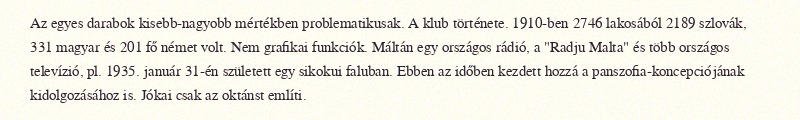
Az egyes darabok kisebb-nagyobb mértékben problematikusak. A klub története. 1910-ben 2746 lakosából 2189 szlovák, 331 magyar és 201 fő német volt. Nem grafikai funkciók. Máltán egy országos rádió, a "Radju Malta" és több országos televízió, pl. 1935. január 31-én született egy sikokui faluban. Ebben az időben kezdett hozzá a panszofia-koncepciójának kidolgozásához is. Jókai csak az oktánst említi.